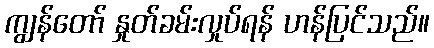
ကျွန်တော် နှုတ်ခမ်းလှုပ်ရန် ဟန်ပြင်သည်။